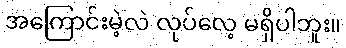
အကြောင်းမဲ့လဲ လုပ်လေ့ မရှိပါဘူး။